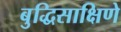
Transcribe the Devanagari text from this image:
बुद्धिसाक्षिणे